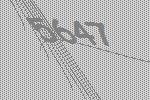
5647